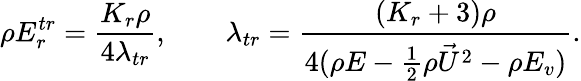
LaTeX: \rho E_{r}^{tr}=\frac{K_{r}\rho}{4\lambda_{tr}},\quad\quad\lambda_{tr}=\frac{(K_{r}+3)\rho}{4(\rho E-\frac{1}{2}\rho{\vec{U}}^{2}-\rho E_{v})}.